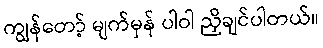
ကျွန်တော့် မျက်မှန် ပါဝါ ညှိချင်ပါတယ်။